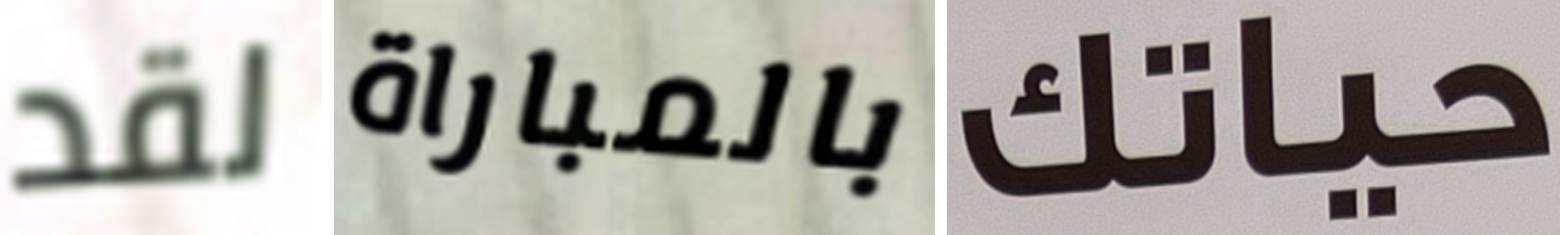
لقد بالمباراة حياتك